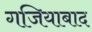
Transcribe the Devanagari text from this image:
गजियाबाद